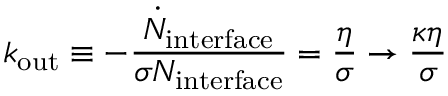
k _ { \mathrm { o u t } } \equiv - \frac { \dot { N } _ { \mathrm { i n t e r f a c e } } } { \sigma N _ { \mathrm { i n t e r f a c e } } } = \frac { \eta } { \sigma } \rightarrow \frac { \kappa \eta } { \sigma }